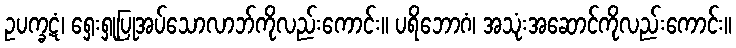
ဥပက္ခဋံ၊ ရှေးရှုပြုအပ်သောလာဘ်ကိုလည်းကောင်း။ ပရိဘောဂံ၊ အသုံးအဆောင်ကိုလည်းကောင်း။